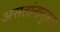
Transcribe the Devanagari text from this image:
असतांनासुध्दा